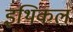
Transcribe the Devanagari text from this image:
इथिकल